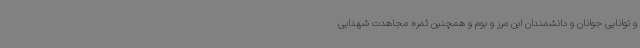
و توانایی جوانان و دانشمندان این مرز و بوم و همچنین ثمره مجاهدت شهدایی